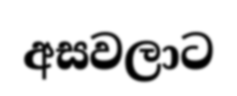
අසවලාට